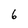
Character: 6